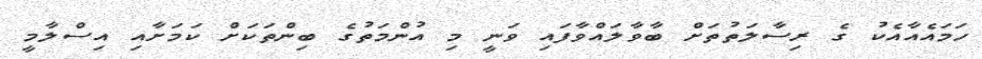
ހަމައެއާއެކު ގެ ރިސާލަތުތަށް ބާވާލައްވާފައި ވަނީ މި އުންމަތުގެ ބިންތަކަށް ކަމަށާއި އިސްލާމީ